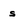
Character: s